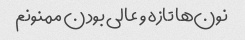
نون‌ها تازه و عالی بودن ممنونم